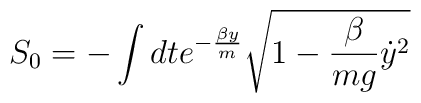
S_0 = -\int dt e^{-\frac{\beta y}{m}} \sqrt{1-\frac{\beta}{mg}{\dot y}^2}